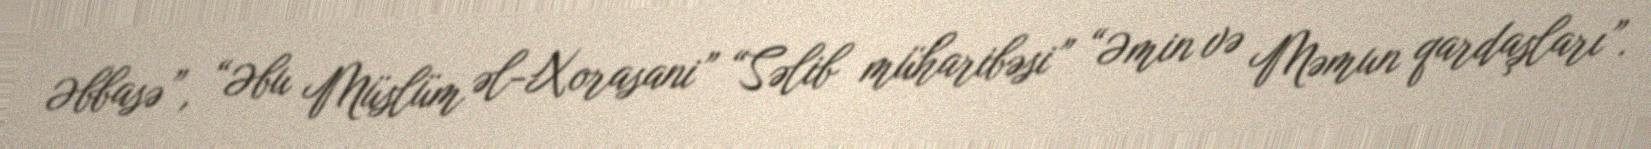
Əbbasə”, “Əbu Müslüm əl-Xorasani” “Səlib müharibəsi” “Əmin və Məmun qardaşları”.